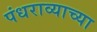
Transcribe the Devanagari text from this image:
पंधराव्याच्या